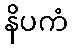
နိပကံ